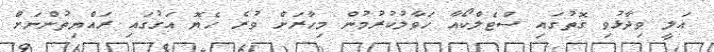
އަލީ ވިދާޅުވި ގޮތުގައި ސްޓެލްކޯއާ ހަވާލުކުރުމުން މިހާރަށް ވުރެ ހެޔޮ އަގުގައި ރައްޔިތުންނަށް